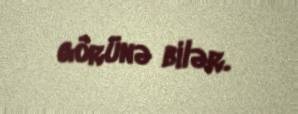
görünə bilər.